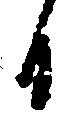
日